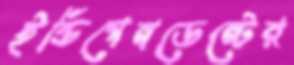
ইন্ডিপেনডেন্টের